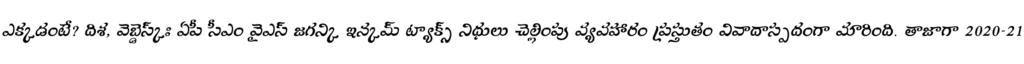
ఎక్కడంటే? దిశ, వెబ్డెస్క్ః ఏపీ సీఎం వైఎస్ జగన్కి ఇన్కమ్ ట్యాక్స్ నిధులు చెల్లింపు వ్యవహారం ప్రస్తుతం వివాదాస్పదంగా మారింది. తాజాగా 2020-21